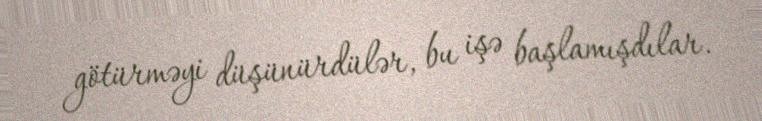
götürməyi düşünürdülər, bu işə başlamışdılar.